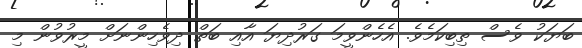
ބަޔަކު ވެސް ތިބިކަމެވެ. އެހެންވީމަ ގަރުދިޔަ އާއި ބަތް ދިވެހިންނަށް މީރުވުން މި